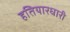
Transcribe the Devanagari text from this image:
हतियारधारी